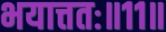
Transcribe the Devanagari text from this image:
भयात्ततः॥११॥